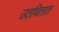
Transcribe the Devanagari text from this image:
उठवितात